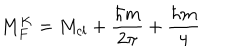
M _ { F } ^ { K } = M _ { c l } + \frac { \hbar m } { 2 \pi } + \frac { \hbar m } { 4 }